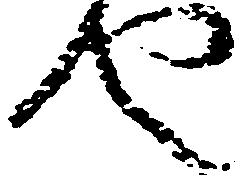
也